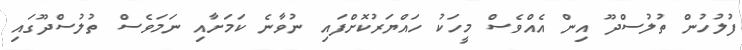
ފުލުހުން ތުލުސްދޫ އިން އެއްވެސް މީހަކު ހައްޔަރުކޮށްފައި ނުވާނެ ކަމަށާއި ނަމަވެސް ތުލުސްދޫގައި